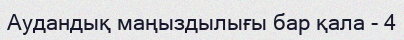
Аудандық маңыздылығы бар қала - 4